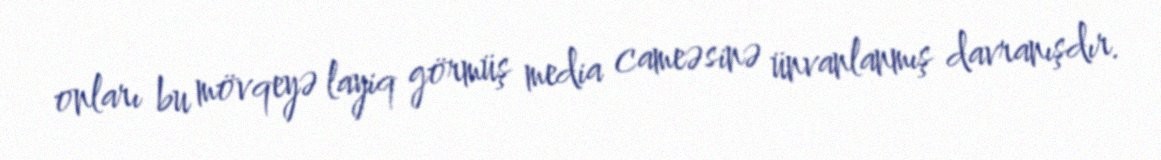
onları bu mövqeyə layiq görmüş media cameəsinə ünvanlanmış davranışdır.